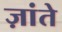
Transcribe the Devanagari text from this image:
ज़ांते